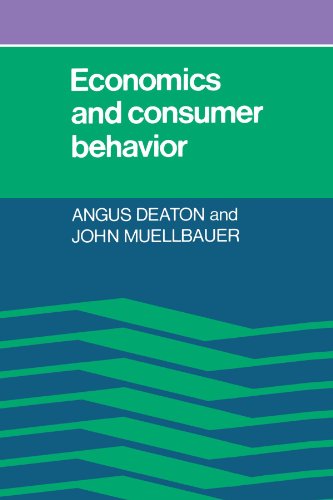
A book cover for Economics and Consumer Behavior; Angus Deaton; Business & Money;